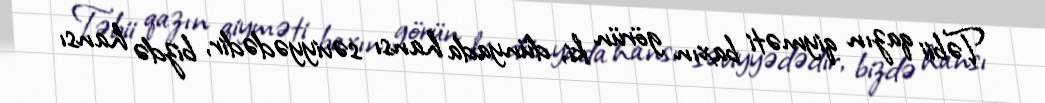
Təbii qazın qiyməti baxın görün ki, dünyada hansı səviyyədədir, bizdə hansı